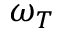
\omega _ { T }